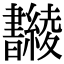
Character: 𣍚